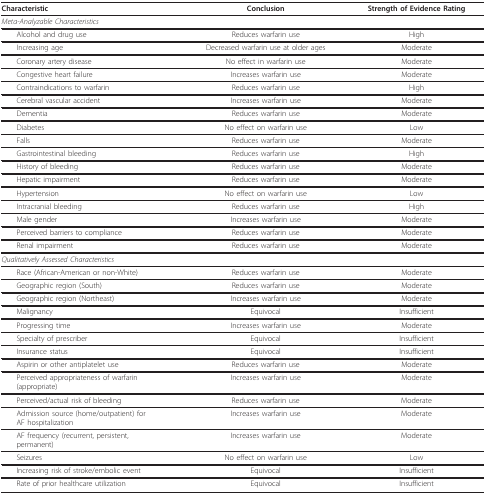
| Characteristic | Conclusion | Strength of Evidence Rating |
 | --- | --- | --- |
 | <COLSPAN=3> Meta-Analyzable Characteristics |
 | Alcohol and drug use | Reduces warfarin use | High |
 | Increasing age | Decreased warfarin use at older ages | Moderate |
 | Coronary artery disease | No effect in warfarin use | Moderate |
 | Congestive heart failure | Increases warfarin use | Moderate |
 | Contraindications to warfarin | Reduces warfarin use | High |
 | Cerebral vascular accident | Increases warfarin use | Moderate |
 | Dementia | Reduces warfarin use | Moderate |
 | Diabetes | No effect on warfarin use | Low |
 | Falls | Reduces warfarin use | Moderate |
 | Gastrointestinal bleeding | Reduces warfarin use | High |
 | History of bleeding | Reduces warfarin use | Moderate |
 | Hepatic impairment | Reduces warfarin use | Moderate |
 | Hypertension | No effect on warfarin use | Low |
 | Intracranial bleeding | Reduces warfarin use | High |
 | Male gender | Increases warfarin use | Moderate |
 | Perceived barriers to compliance | Reduces warfarin use | Moderate |
 | Renal impairment | Reduces warfarin use | Moderate |
 | <COLSPAN=3> Qualitatively Assessed Characteristics |
 | Race (African-American or non-White) | Reduces warfarin use | Moderate |
 | Geographic region (South) | Reduces warfarin use | Moderate |
 | Geographic region (Northeast) | Increases warfarin use | Moderate |
 | Malignancy | Equivocal | Insufficient |
 | Progressing time | Increases warfarin use | Moderate |
 | Specialty of prescriber | Equivocal | Insufficient |
 | Insurance status | Equivocal | Insufficient |
 | Aspirin or other antiplatelet use | Reduces warfarin use | Moderate |
 | Perceived appropriateness of warfarin(appropriate) | Increases warfarin use | Moderate |
 | Perceived/actual risk of bleeding | Reduces warfarin use | Moderate |
 | Admission source (home/outpatient) forAF hospitalization | Increases warfarin use | Moderate |
 | AF frequency (recurrent, persistent,permanent) | Increases warfarin use | Moderate |
 | Seizures | No effect on warfarin use | Low |
 | Increasing risk of stroke/embolic event | Equivocal | Insufficient |
 | Rate of prior healthcare utilization | Equivocal | Insufficient |